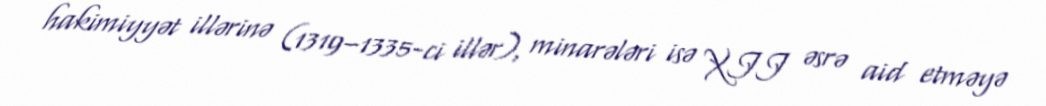
hakimiyyət illərinə (1319–1335-ci illər), minarələri isə XII əsrə aid etməyə